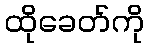
ထိုခေတ်ကို